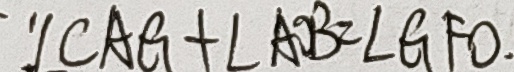
\because \angle C A G + \angle A O B = \angle G F O .